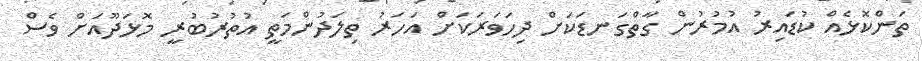
ތަންކޮޅެއް ކުޑައިރު އުމުރުން ގާތްގަނޑަކަށް ދިހަވަރަކަށް އަހަރު ތިލަދުންމަތީ އުތުރުބުރީ މޮޅަދޫއަށް ވެސް